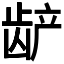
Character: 𬺅